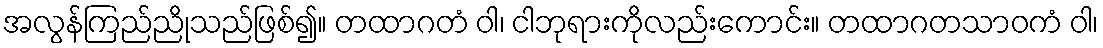
အလွန်ကြည်ညိုသည်ဖြစ်၍။ တထာဂတံ ဝါ၊ ငါဘုရားကိုလည်းကောင်း။ တထာဂတသာဝကံ ဝါ၊